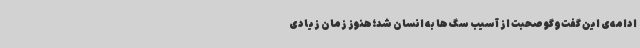
ادامه‌ی این گفت‌وگو صحبت از آسیب سگ ها به انسان شد؛هنوز زمان زیادی